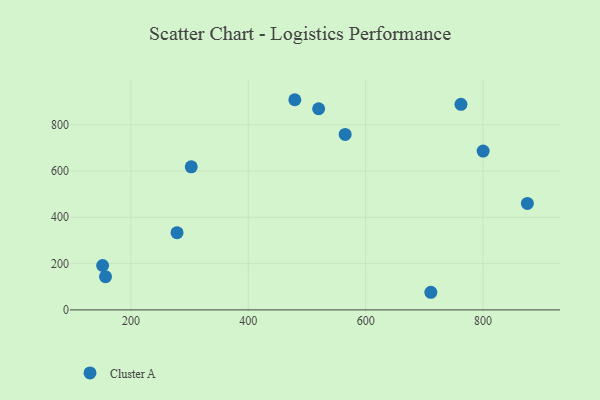
{"axis": {"x": "Investment", "y": "Exam Score"}, "legend": ["Cluster A"], "data": [{"x": "875.6", "y": 459.9, "type": "Cluster A"}, {"x": "278.6", "y": 333.6, "type": "Cluster A"}, {"x": "519.9", "y": 868.8, "type": "Cluster A"}, {"x": "711.1", "y": 76.1, "type": "Cluster A"}, {"x": "565.1", "y": 757.7, "type": "Cluster A"}, {"x": "156.7", "y": 143.5, "type": "Cluster A"}, {"x": "800.2", "y": 685.8, "type": "Cluster A"}, {"x": "762.4", "y": 887.9, "type": "Cluster A"}, {"x": "151.8", "y": 191.8, "type": "Cluster A"}, {"x": "479.3", "y": 907.7, "type": "Cluster A"}, {"x": "302.8", "y": 618.0, "type": "Cluster A"}]}